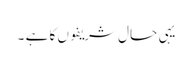
یہی حال شریفوں کا ہے ۔